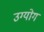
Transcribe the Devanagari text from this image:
उग्योग